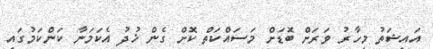
އައިޝަތު މިހާރު ވަަރަށް ބޮޑަށް މަސައްކަތް ކޮށް ގެން ޚުދު އެކަމަނާ ކަންކަމުގައި